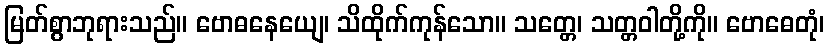
မြတ်စွာဘုရားသည်။ ဗောဓနေယျေ၊ သိထိုက်ကုန်သော။ သတ္တေ၊ သတ္တဝါတို့ကို။ ဗောဓေတုံ၊